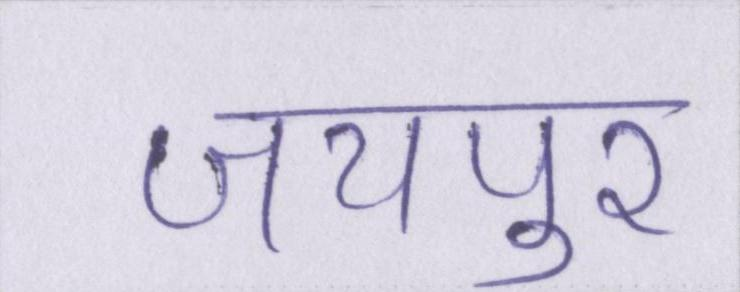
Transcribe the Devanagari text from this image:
जयपुर